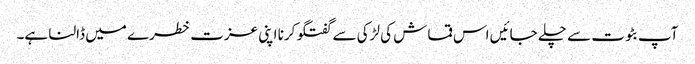
آپ بٹوت سے چلے جائیں اس قماش کی لڑکی سے گفتگو کرنا اپنی عزت خطرے میں ڈالنا ہے۔